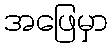
အဖြေမှာ